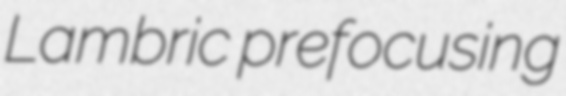
Lambric prefocusing